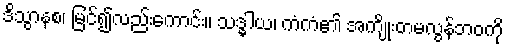
ဒိသွာနစ၊ မြင်၍လည်းကောင်း။ သဒ္ဓါယ၊ ကံကံ၏ အကျိုးတမလွန်ဘဝကို